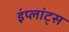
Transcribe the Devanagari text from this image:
इंप्लांट्स